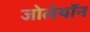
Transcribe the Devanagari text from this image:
जोलेयॉन